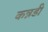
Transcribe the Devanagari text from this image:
कन्नडी